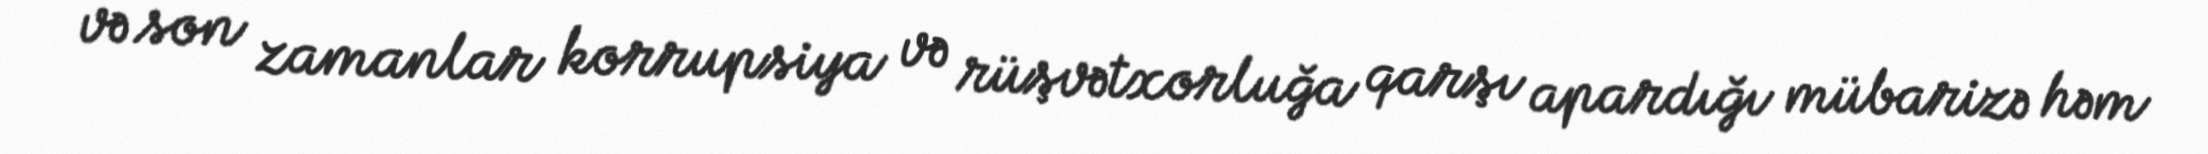
və son zamanlar korrupsiya və rüşvətxorluğa qarşı apardığı mübarizə həm